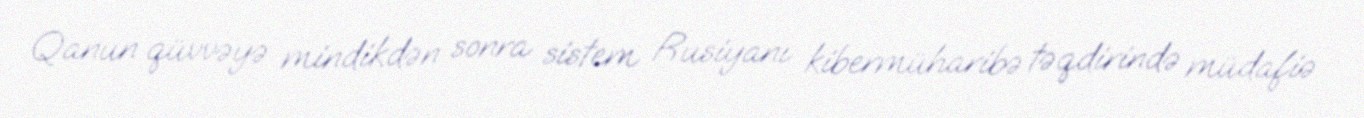
Qanun qüvvəyə mindikdən sonra sistem Rusiyanı kibermüharibə təqdirində müdafiə